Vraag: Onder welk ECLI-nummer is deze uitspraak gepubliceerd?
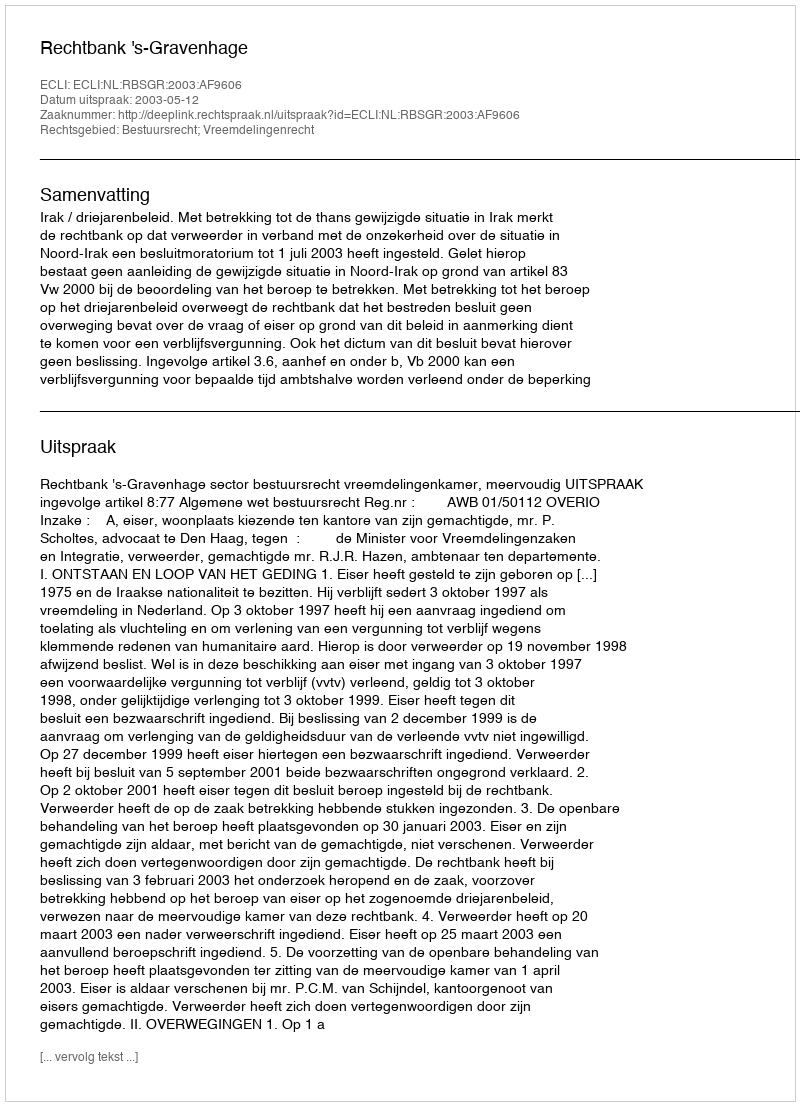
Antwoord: ECLI:NL:RBSGR:2003:AF9606